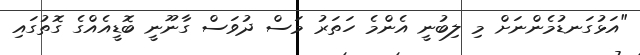
"އަޅުގަނޑުމެންނަށް މި ލިބުނީ އެންމެ ހަތަރު މަސް ދުވަސް ގާނޫނީ ބޮޑީއެއްގެ ގޮތުގައި